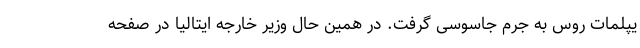
یپلمات روس به جرم جاسوسی گرفت. در همین حال وزیر خارجه ایتالیا در صفحه